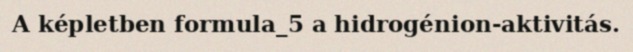
A képletben formula_5 a hidrogénion-aktivitás.